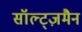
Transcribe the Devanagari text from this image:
सॉल्ट्ज़मैन